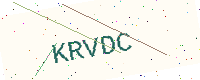
Text: KRVDC